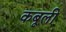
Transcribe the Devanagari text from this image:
कबूली